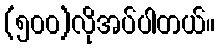
(၅၀၀)လိုအပ်ပါတယ်။